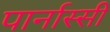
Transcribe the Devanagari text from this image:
पार्नास्सी